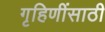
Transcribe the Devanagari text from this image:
गृहिणींसाठी